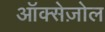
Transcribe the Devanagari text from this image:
ऑक्सेज़ोल